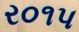
ર૦૧પ